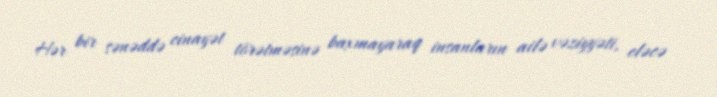
Hər bir sənəddə cinayət törətməsinə baxmayaraq insanların ailə vəziyyəti, eləcə